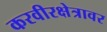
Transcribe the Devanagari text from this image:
करवीरक्षेत्रावर